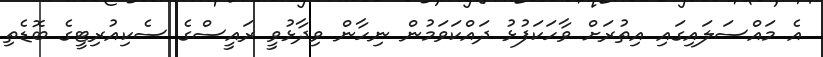
އެ މައްސަލައިގައި އިތުރަށް ވާހަކަފުޅު ދައްކަވަމުން ނިހާން ވިދާޅުވީ ރައީސްގެ ސެކިއުރިޓީގެ ބޮޑެތި